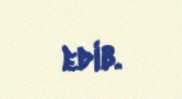
edib.